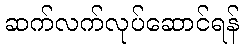
ဆက်လက်လုပ်ဆောင်ရန်